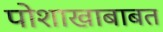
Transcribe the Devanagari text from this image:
पोशाखाबाबत